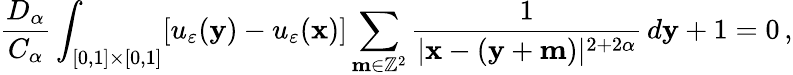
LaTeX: \frac{D_{\alpha}}{C_{\alpha}}\int_{[0,1]\times[0,1]}\! \left\lbrack u_{\varepsilon}(\mathbf{y})-u_{\varepsilon}(\mathbf{x})\right\rbrack\sum_{\mathbf{m}\in\mathbb{Z}^{2}}\frac{1}{|\mathbf{x}-(\mathbf{y}+\mathbf{m})|^{2+2\alpha}}\, d\mathbf{y}+1=0\, ,